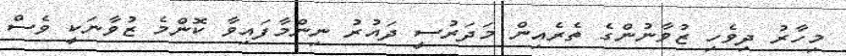
މިހާރު ދިވެހި ޒުވާނުންގެ ތެރެއިން މަދަރުސީ ދައުރު ނިންމާފައިވާ ކޮންމެ ޒުވާނަކީ ވެސް